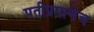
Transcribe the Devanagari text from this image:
पतीप्रमाणेच